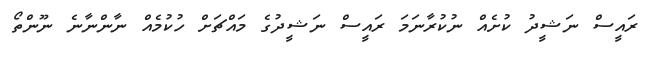
ރައީސް ނަޝީދު ކުށެއް ނުކުރާނަމަ ރައީސް ނަޝީދުގެ މައްޗަށް ހުކުމެެއް ނާންނާނެ ނޫންތޯ